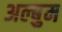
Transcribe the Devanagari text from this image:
अल्बुम